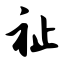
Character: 祉